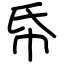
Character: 帋